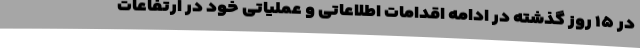
در ۱۵ روز گذشته در ادامه اقدامات اطلاعاتی و عملیاتی خود در ارتفاعات